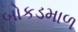
બોકડમાળ